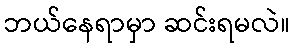
ဘယ်နေရာမှာ ဆင်းရမလဲ။